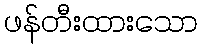
ဖန်တီးထားသော